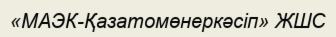
«МАЭК-Қазатомөнеркәсіп» ЖШС